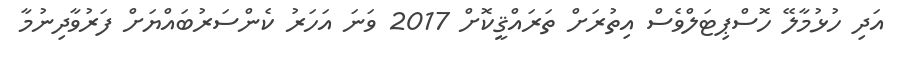
އަދި ހުޅުމާލޭ ހޮސްޕިޓަލްވެސް އިތުރަށް ތަރައްޤީކޮށް 2017 ވަނަ އަހަރު ކެންސަރުބައްޔަށް ފަރުވާދިނުމާ